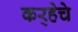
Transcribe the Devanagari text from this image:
कर्‍हेचे